Vaccination United Provinces of Agra and Oudh 1914-1922 - 1914-1922
Year: 1914
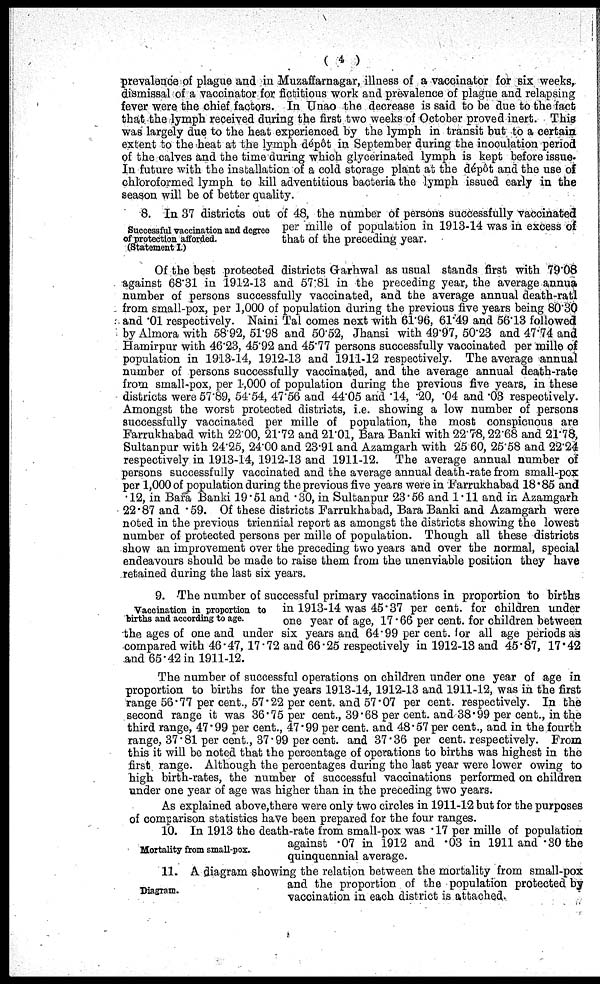
( 4 )
prevalence of plague and in Muzaffarnagar, illness of a vaccinator for six weeks,
dismissal of a vaccinator for fictitious work and prevalence of plague and relapsing
fever were the chief factors. In Unao the decrease is said to be due to the fact
that the lymph received during the first two weeks of October proved inert. This
was largely due to the heat experienced by the lymph in transit but to a certain
extent to the heat at the lymph dépôt in September during the inoculation period
of the calves and the time during which glycerinated lymph is kept before issue.
In future with the installation of a cold storage plant at the dépôt and the use of
chloroformed lymph to kill adventitious bacteria the lymph issued early in the
season will be of better quality.
Successful vaccination and degree
of protection afforded.
(Statement I.)
3. In 37 districts out of 48, the number of persons successfully vaccinated
per mille of population in 1913-14 was in excess of
that of the preceding year.
Of the best protected districts Garhwal as usual stands first with 79.08
against 68'31 in 1912-13 and 57.81 in the preceding year, the average annua
number of persons successfully vaccinated, and the average annual death-ratl
from small-pox, per 1,000 of population during the previous five years being 80.30
and .01 respectively. Naini Tal comes next with 61.96, 61.49 and 56.13 followed
by Almora with 58.92, 51.98 and 50.52, Jhansi with 49.97, 50.23 and 47.74 and
Hamirpur with 46.23, 45.92 and 45.77 persons successfully vaccinated per mille of
population in 1913-14, 1912-13 and 1911-12 respectively. The average annual
number of persons successfully vaccinated, and the average annual death-rate
from small-pox, per 1,000 of population during the previous five years, in these
districts were 57.89, 54.54, 47.56 and 44.05 and .14, .20, .04 and .03 respectively.
Amongst the worst protected districts, i.e. showing a low number of persons
successfully vaccinated per mille of population, the most conspicuous are
Farrukhabad with 22.00, 21.72 and 21.01, Bara Banki with 22.78,22.68 and 21.73,
Sultanpur with 24.25, 24.00 and 23.91 and Azamgarh with 25 60, 25.58 and 22.24
respectively in 1913-14, 1912-13 and 1911-12. The average annual number of
persons successfully vaccinated and the average annual death-rate from small-pox
per 1,000 of population during the previous five years were in Farrukhabad 18.85 and
.12, in Bara Banki 19.51 and .30, in Sultanpur 23.56 and 1.11 and in Azamgarh
22.87 and .59. Of these districts Farrukhabad, Bara Banki and Azamgarh were
noted in the previous triennial report as amongst the districts showing the lowest
number of protected persons per mille of population. Though all these districts
show an improvement over the preceding two years and over the normal, special
endeavours should be made to raise them from the unenviable position they have
retained during the last six years.
Vaccination in proportion to
births and according to age.
9. The number of successful primary vaccinations in proportion to births
in 1913-14 was 45.37 per cent. for children under
one year of age, 17.66 per cent. for children between
the ages of one and under six years and 64.99 per cent. for all age periods as
compared with 46.47, 17.72 and 66.25 respectively in 1912-13 and 45.87, 17.42
and 65.42 in 1911-12.
The number of successful operations on children under one year of age in
proportion to births for the years 1913-14, 1912-13 and 1911-12, was in the first
range 56.77 per cent., 57.22 per cent. and 57.07 per cent. respectively. In the
second range it was 36.75 per cent., 39.68 per cent. and 38.99 per cent., in the
third range, 47.99 per cent., 47.99 per cent. and 48.57 per cent., and in the fourth
range, 37.81 per cent., 37.99 per cent. and 37.36 per cent. respectively. From
this it will be noted that the percentage of operations to births was highest in the
first range. Although the percentages during the last year were lower owing to
high birth-rates, the number of successful vaccinations performed on children
under one year of age was higher than in the preceding two years.
As explained above,there were only two circles in 1911-12 but for the purposes
of comparison statistics have been prepared for the four ranges.
Mortality from small-pox.
10. In 1913 the death-rate from small-pox was .17 per mille of population
against .07 in 1912 and .03 in 1911 and .30 the
quinquennial average.
Diagram.
11. A diagram showing the relation between the mortality from small-pox
and the proportion of the population protected by
vaccination in each district is attached.